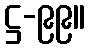
ဋ္ဌ-၉၉။